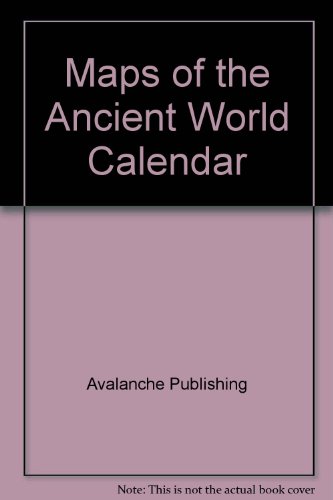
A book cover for Maps of the Ancient World Calendar; Avalanche Publishing; Calendars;